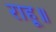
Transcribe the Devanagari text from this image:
राहू॥